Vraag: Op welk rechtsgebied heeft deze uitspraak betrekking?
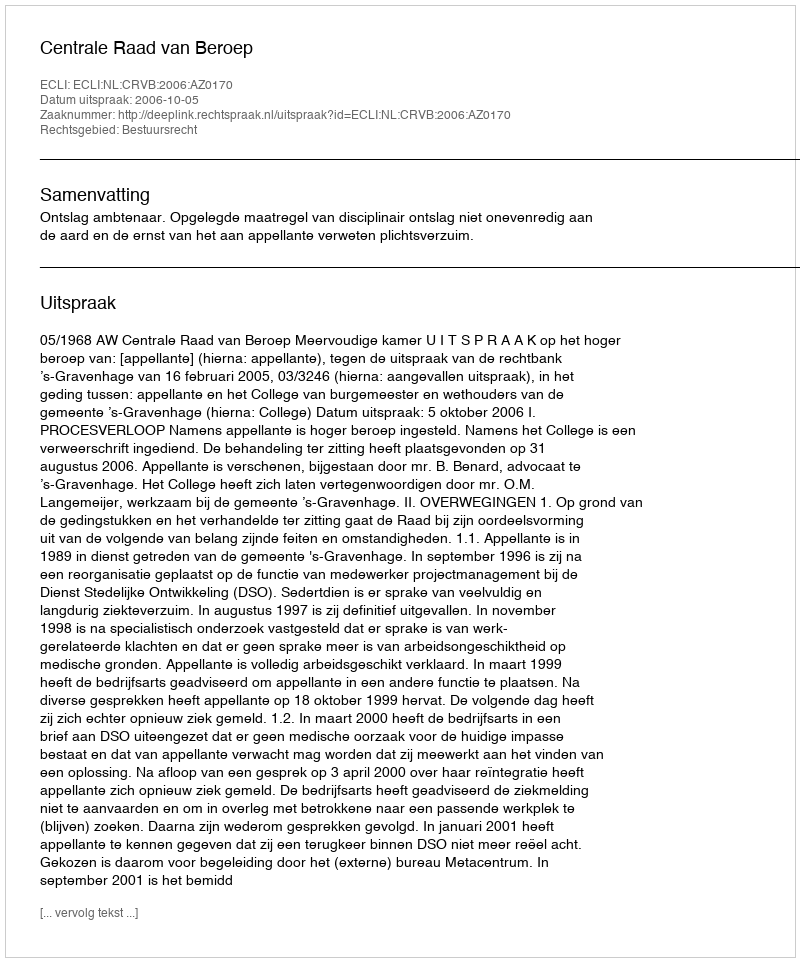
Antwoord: Bestuursrecht